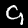
Label: 9